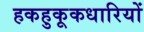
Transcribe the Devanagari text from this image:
हकहुकूकधारियों